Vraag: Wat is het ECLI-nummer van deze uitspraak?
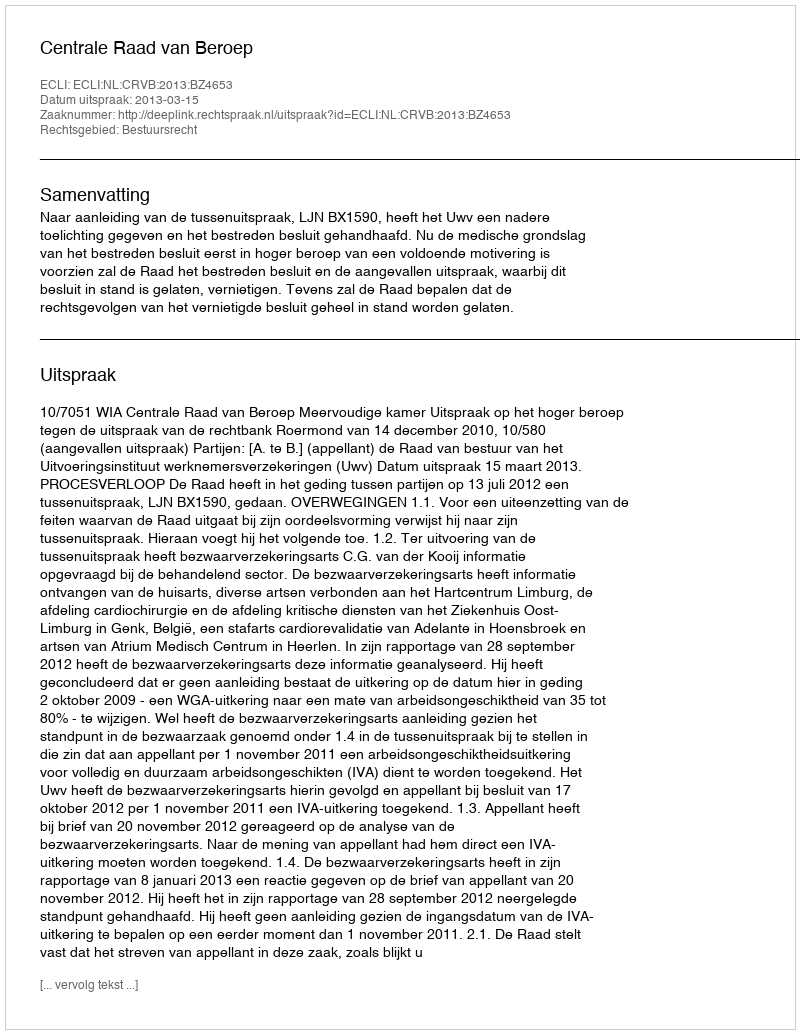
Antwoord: ECLI:NL:CRVB:2013:BZ4653